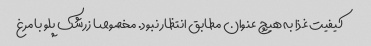
کیفیت غذا به هیچ عنوان مطابق انتظار نبود. مخصوصا زرشک پلو با مرغ